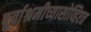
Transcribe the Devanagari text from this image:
पूर्वाश्रमीच्यासोव्हिएत